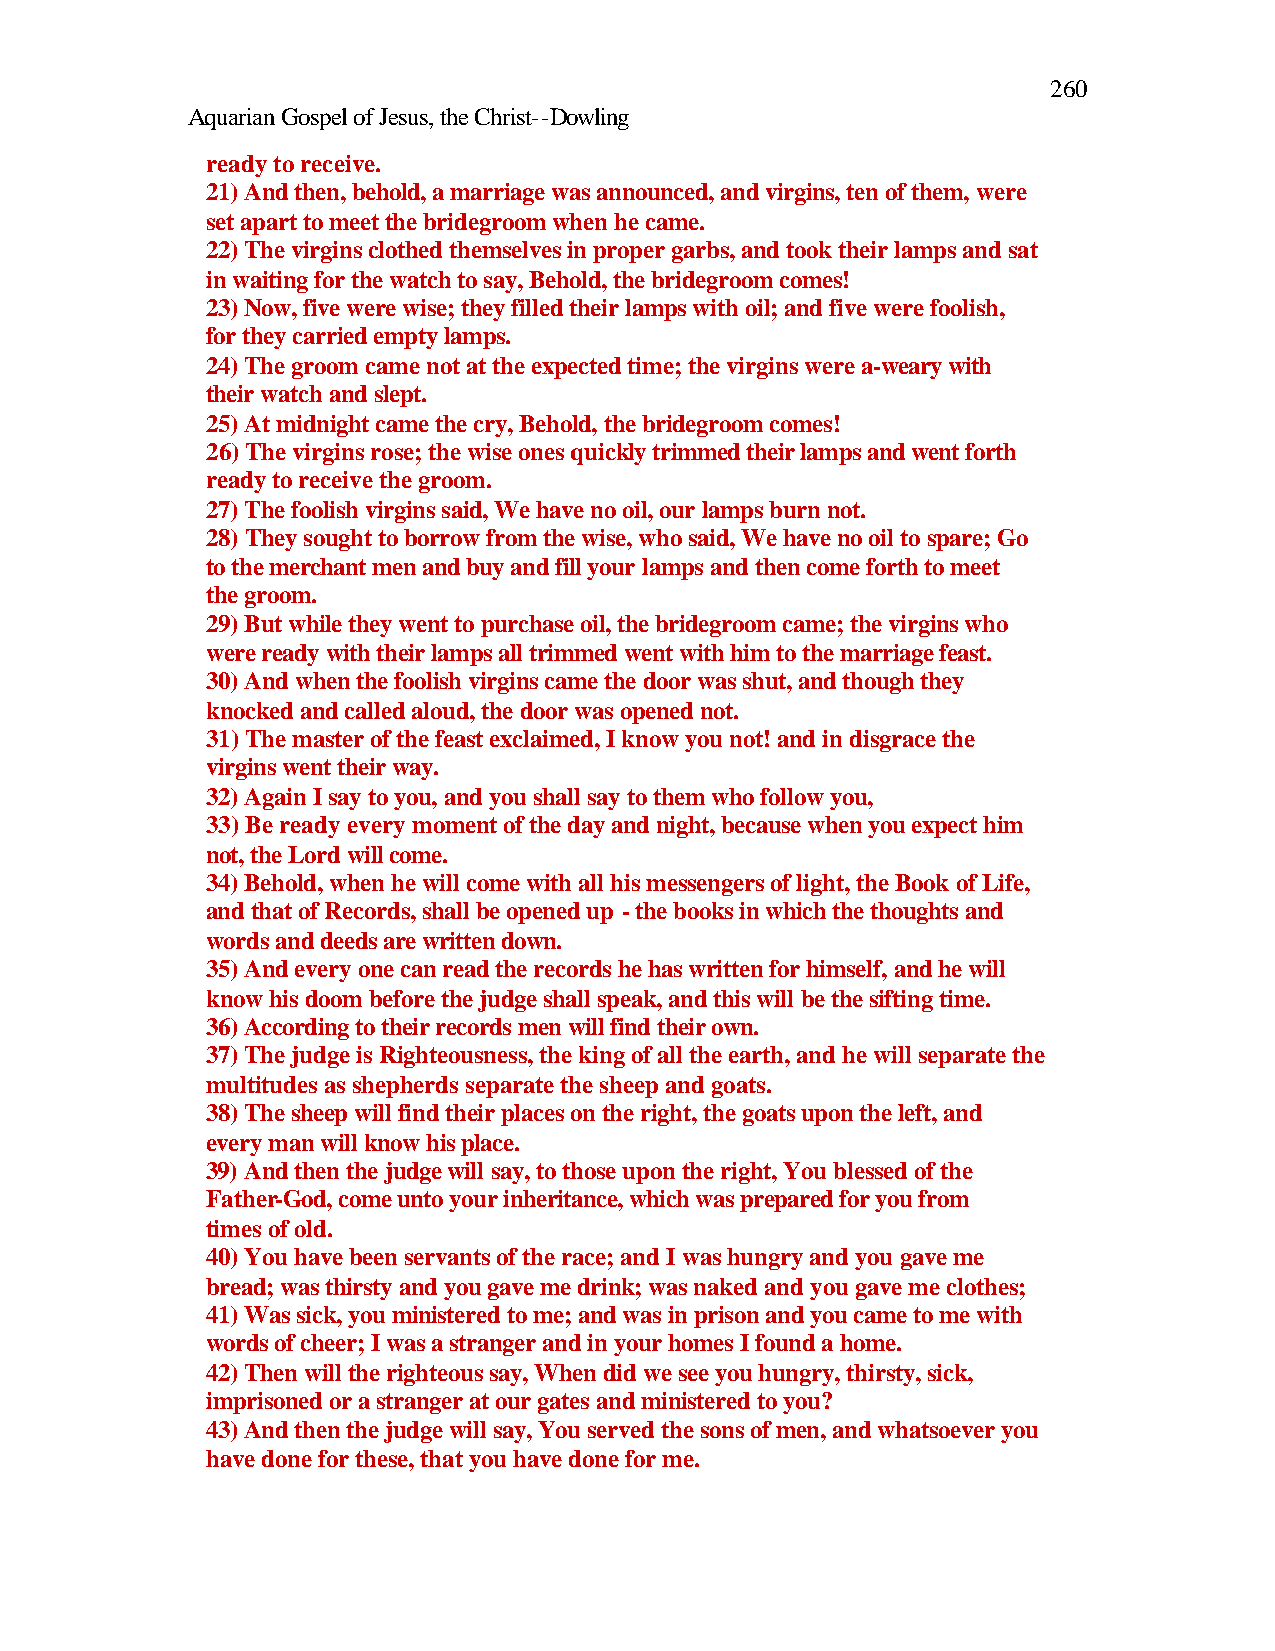
260
 Aquarian Gospel of Jesus, the Christ--Dowling
 ready to receive.
 21) And then, behold, a marriage was announced, and virgins, ten of them, were
 set apart to meet the bridegroom when he came.
 22) The virgins clothed themselves in proper garbs, and took their lamps and sat
 in waiting for the watch to say, Behold, the bridegroom comes!
 23) Now, five were wise; they filled their lamps with oil; and five were foolish,
 for they carried empty lamps.
 24) The groom came not at the expected time; the virgins were a-weary with
 their watch and slept.
 25) At midnight came the cry, Behold, the bridegroom comes!
 26) The virgins rose; the wise ones quickly trimmed their lamps and went forth
 ready to receive the groom.
 27) The foolish virgins said, We have no oil, our lamps burn not.
 28) They sought to borrow from the wise, who said, We have no oil to spare; Go
 to the merchant men and buy and fill your lamps and then come forth to meet
 the groom.
 29) But while they went to purchase oil, the bridegroom came; the virgins who
 were ready with their lamps all trimmed went with him to the marriage feast.
 30) And when the foolish virgins came the door was shut, and though they
 knocked and called aloud, the door was opened not.
 31) The master of the feast exclaimed, I know you not! and in disgrace the
 virgins went their way.
 32) Again I say to you, and you shall say to them who follow you,
 33) Be ready every moment of the day and night, because when you expect him
 not, the Lord will come.
 34) Behold, when he will come with all his messengers of light, the Book of Life,
 and that of Records, shall be opened up - the books in which the thoughts and
 words and deeds are written down.
 35) And every one can read the records he has written for himself, and he will
 know his doom before the judge shall speak, and this will be the sifting time.
 36) According to their records men will find their own.
 37) The judge is Righteousness, the king of all the earth, and he will separate the
 multitudes as shepherds separate the sheep and goats.
 38) The sheep will find their places on the right, the goats upon the left, and
 every man will know his place.
 39) And then the judge will say, to those upon the right, You blessed of the
 Father-God, come unto your inheritance, which was prepared for you from
 times of old.
 40) You have been servants of the race; and I was hungry and you gave me
 bread; was thirsty and you gave me drink; was naked and you gave me clothes;
 41) Was sick, you ministered to me; and was in prison and you came to me with
 words of cheer; I was a stranger and in your homes I found a home.
 42) Then will the righteous say, When did we see you hungry, thirsty, sick,
 imprisoned or a stranger at our gates and ministered to you?
 43) And then the judge will say, You served the sons of men, and whatsoever you
 have done for these, that you have done for me.